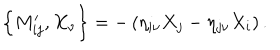
\left\{ M _ { i j } ^ { \prime } , X _ { \nu } \right\} = - \left( \eta _ { i \nu } X _ { j } - \eta _ { j \nu } X _ { i } \right) .